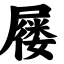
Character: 屦